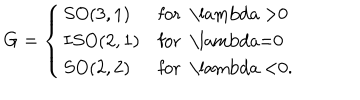
LaTeX: G = \left\{ \begin{array} { l l } { { S O ( 3 , 1 ) } } & { { \mathrm { f o r ~ \ l a m b d a ~ > 0 ~ } } } \\ { { I S O ( 2 , 1 ) } } & { { \mathrm { f o r ~ \ l a m b d a = 0 ~ } } } \\ { { S O ( 2 , 2 ) } } & { { \mathrm { f o r ~ \ l a m b d a ~ < 0 . ~ } } } \\ \end{array} \right.